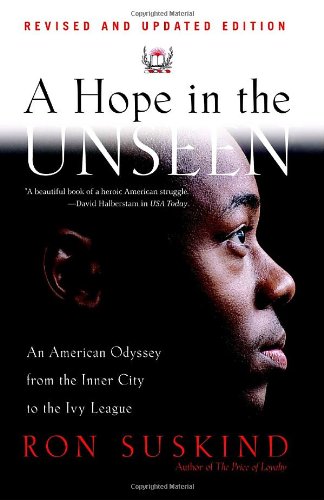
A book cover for A Hope in the Unseen: An American Odyssey from the Inner City to the Ivy League; Ron Suskind; Biographies & Memoirs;